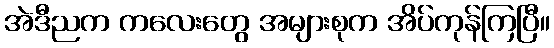
အဲဒီညက ကလေးတွေ အများစုက အိပ်ကုန်ကြပြီ။